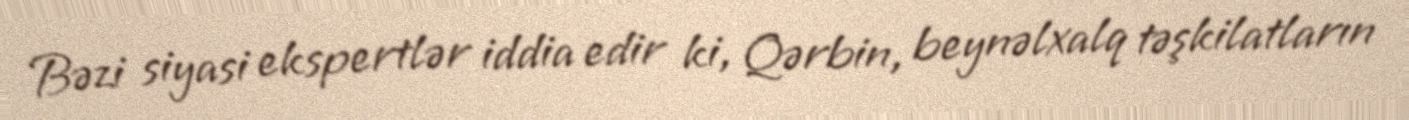
Bəzi siyasi ekspertlər iddia edir ki, Qərbin, beynəlxalq təşkilatların